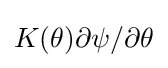
K(\theta )\partial \psi /\partial \theta